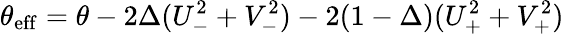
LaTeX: \theta_{\mathrm{eff}}=\theta-2\Delta(U_{-}^{2}+V_{-}^{2})-2(1-\Delta)(U_{+}^{2}+V_{+}^{2})